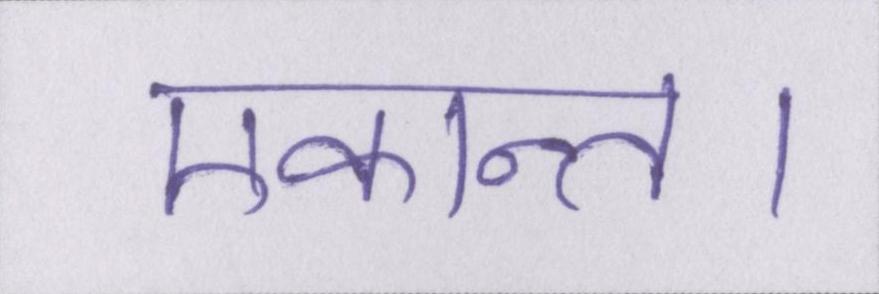
एकान्त।